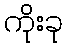
ကိုးခု